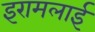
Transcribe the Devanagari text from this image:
इरामलाई